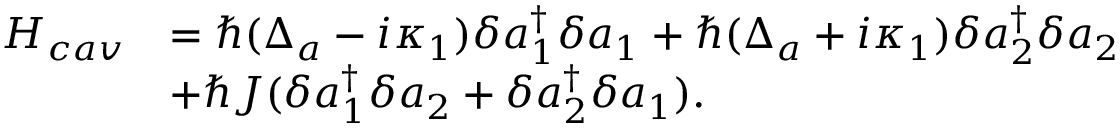
\begin{array} { r l } { H _ { c a v } } & { = \hbar ( \Delta _ { a } - i \kappa _ { 1 } ) \delta a _ { 1 } ^ { \dagger } \delta a _ { 1 } + \hbar ( \Delta _ { a } + i \kappa _ { 1 } ) \delta a _ { 2 } ^ { \dagger } \delta a _ { 2 } } \\ & { + \hbar J ( \delta a _ { 1 } ^ { \dagger } \delta a _ { 2 } + \delta a _ { 2 } ^ { \dagger } \delta a _ { 1 } ) . } \end{array}